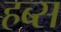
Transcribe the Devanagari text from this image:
हब्स